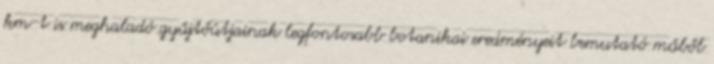
km-t is meghaladó gyűjtőútjainak legfontosabb botanikai eredményeit bemutató műből